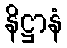
နိဋ္ဌာနံ